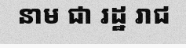
នាម ជា រដ្ឋ រាជ